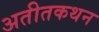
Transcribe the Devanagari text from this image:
अतीतकथन